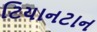
ટિયાનટાન